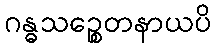
ဂန္ဓသဉ္စေတနာယပိ